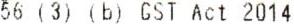
56 (3) (B) GST ACT 2014